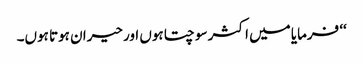
‘‘ فرمایا میں اکثر سوچتا ہوں اور حیران ہوتا ہوں۔